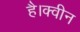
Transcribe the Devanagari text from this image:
है।क्वीन